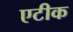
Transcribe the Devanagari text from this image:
एटीक